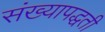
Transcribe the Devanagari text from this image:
संख्यापद्धती